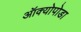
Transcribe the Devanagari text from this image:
ऑक्योपोडा